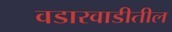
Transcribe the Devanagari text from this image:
वडारवाडीतील